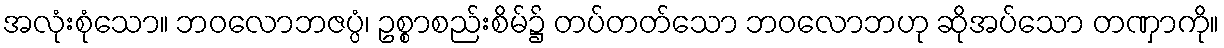
အလုံးစုံသော။ ဘဝလောဘဇပ္ပံ၊ ဥစ္စာစည်းစိမ်၌ တပ်တတ်သော ဘဝလောဘဟု ဆိုအပ်သော တဏှာကို။